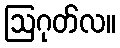
ဩဂုတ်လ။